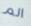
الم